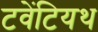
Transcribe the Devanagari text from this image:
टवेंटियथ